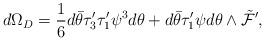
LaTeX: \begin{align*}d\Omega_D =\frac{1}{6}d\bar{\theta} \tau_3^{\prime}\tau_1^{\prime} \psi^3 d\theta+ d\bar{\theta} \tau_1^{\prime}\psi d\theta\wedge \tilde{\cal F}^{\prime}, \end{align*}